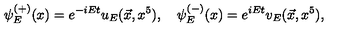
\psi _ { E } ^ { ( + ) } ( x ) = e ^ { - i E t } u _ { E } ( \vec { x } , x ^ { 5 } ) , \quad \psi _ { E } ^ { ( - ) } ( x ) = e ^ { i E t } v _ { E } ( \vec { x } , x ^ { 5 } ) ,